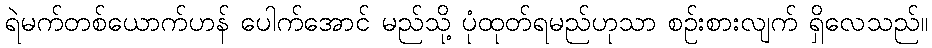
ရဲမက်တစ်ယောက်ဟန် ပေါက်အောင် မည်သို့ ပုံထုတ်ရမည်ဟုသာ စဉ်းစားလျက် ရှိလေသည်။